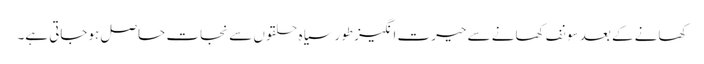
کھانے کے بعد سونف کھانے سے حیرت انگیز طورسیاہ حلقوں سے نجات حاصل ہوجاتی ہے۔